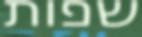
שפות